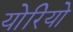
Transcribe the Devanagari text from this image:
योरियो